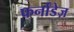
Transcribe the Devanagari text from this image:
फर्नांडेज़